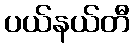
ပယ်နယ်တီ